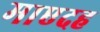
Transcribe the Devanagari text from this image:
माएदह